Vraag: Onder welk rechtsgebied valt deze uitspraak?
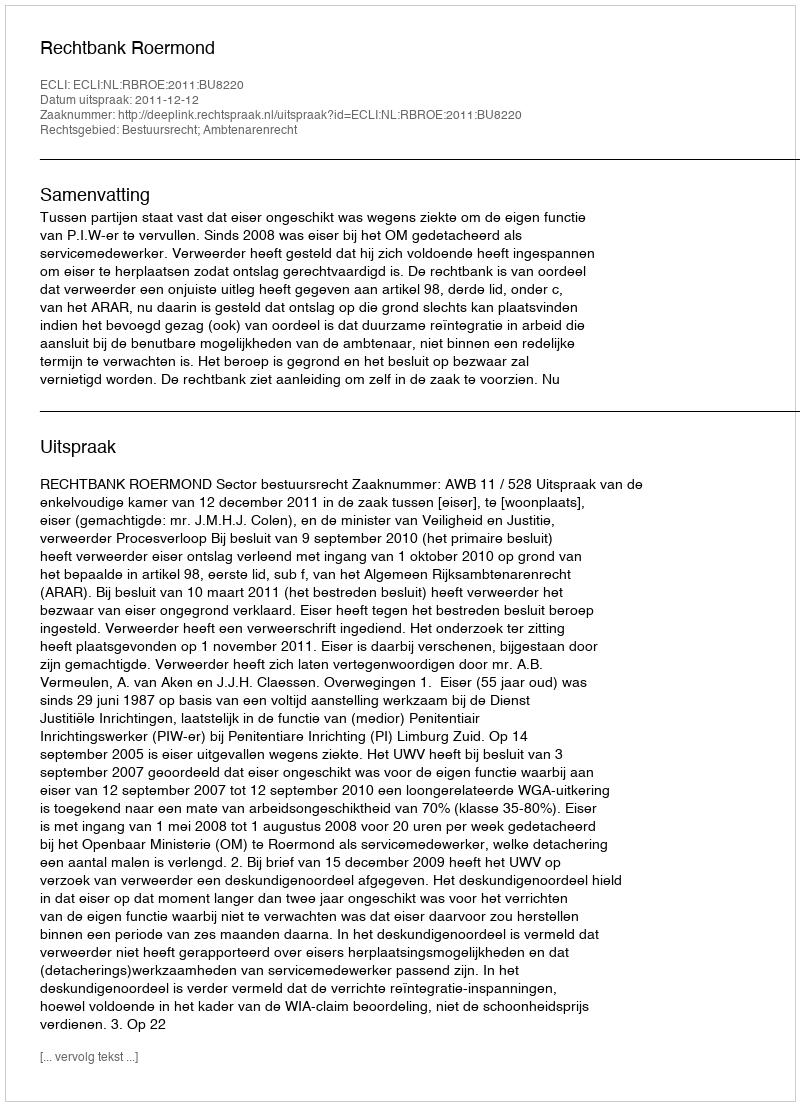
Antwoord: Bestuursrecht; Ambtenarenrecht